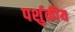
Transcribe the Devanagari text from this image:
पर्शुकीय